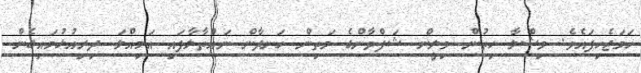
ހަމަޖެހިފައެވެ. މިޝްލާ ހިތުން މިލީން ޝަފްވާންގެ މަތިން ހަނދާން ނައްތާލާފައި އަމިއްލަ ދިރިއުޅުމައިގެން